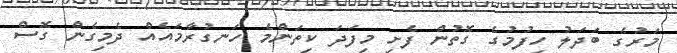
މަރުގެ ބަދަލު ހިފުމުގެ ގޮތުން ފެށި މިފަދަ ކިތަންމެ ހަނގުރާމައެއް ދެމިގެން ގޮސް